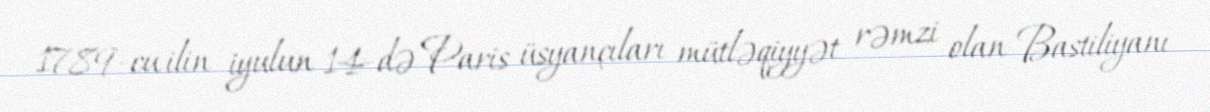
1789-cu ilin iyulun 14-də Paris üsyançıları mütləqiyyət rəmzi olan Bastiliyanı